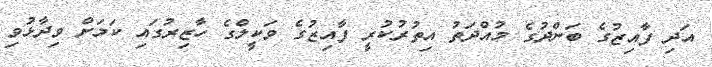
އަދި ފާއިޒުގެ ބަންދުގެ މުއްދަތު އިތުރުކުރީ ފާއިޒުގެ ވަކީލްގެ ހާޒިރުގައި ކަމަށް ވިދާޅުވި